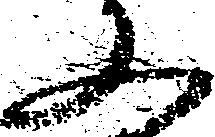
又